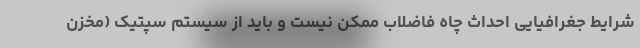
شرایط جغرافیایی احداث چاه فاضلاب ممکن نیست و باید از سیستم سپتیک (مخزن